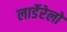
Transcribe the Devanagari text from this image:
लार्डेरेलो